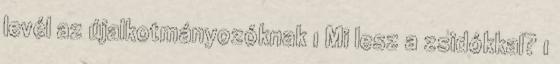
levél az újalkotmányozóknak 1 Mi lesz a zsidókkal? 1